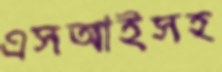
এসআইসহ